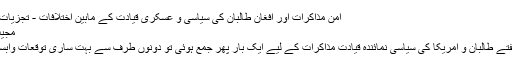
امن مذاکرات اور افغان طالبان کی سیاسی و عسکری قیادت کے مابین اختلافات - تجزیات آن لائن
مجیب مشال
گزشتہ ہفتے طالبان و امریکا کی سیاسی نمائندہ قیادت مذاکرات کے لیے ایک بار پھر جمع ہوئی تو دونوں طرف سے بہت ساری توقعات وابستہ تھیں۔